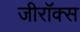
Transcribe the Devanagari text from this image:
जीराॅक्स